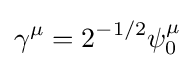
\gamma ^{\mu }=2^{-1/2}\psi _{0}^{\mu }